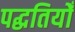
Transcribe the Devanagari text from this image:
पद्धतियोँ